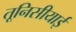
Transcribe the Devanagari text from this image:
तूनिसीयाई